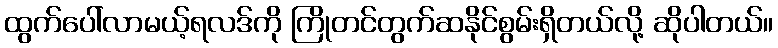
ထွက်ပေါ်လာမယ့်ရလဒ်ကို ကြိုတင်တွက်ဆနိုင်စွမ်းရှိတယ်လို့ ဆိုပါတယ်။